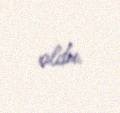
oldu.